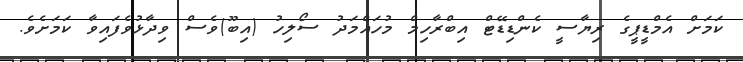
ކަމަށް އެމްޑީޕީގެ ރިޔާސީ ކެންޑިޑޭޓް އިބްރާހިމް މުހައްމަދު ސޯލިހު (އިބޫ)ވެސް ވިދާޅުވެފައިވާ ކަމަށެވެ.